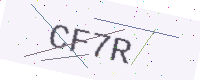
Text: CF7R